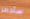
سأدمر